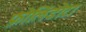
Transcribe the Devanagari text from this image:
फ़ोलिंडोटा